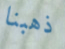
ذهبنا